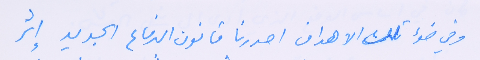
وفي ضوء تلك الاهداف اصدرنا قانون الدفاع الجديد إثر